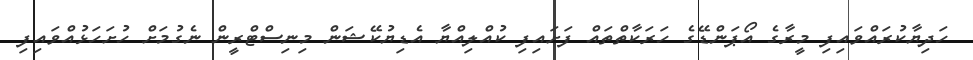
ހަދިޔާކުރައްވައިފި މީރާގެ އޯޕަންޑޭގެ ހަރަކާތްތައް ފަށައިފި ކުއްލިއްޔާ އެޑިޔުކޭޝަން މިނިސްޓްރީން ނެގުމަށް ހުށަހަޅުއްވައިފި